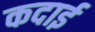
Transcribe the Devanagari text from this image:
कदाई